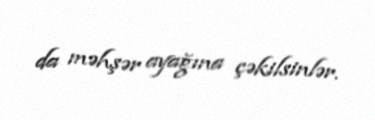
da məhşər ayağına çəkilsinlər.